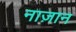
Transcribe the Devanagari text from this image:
नाज़ान